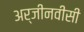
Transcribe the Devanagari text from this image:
अर्जीनवीसी